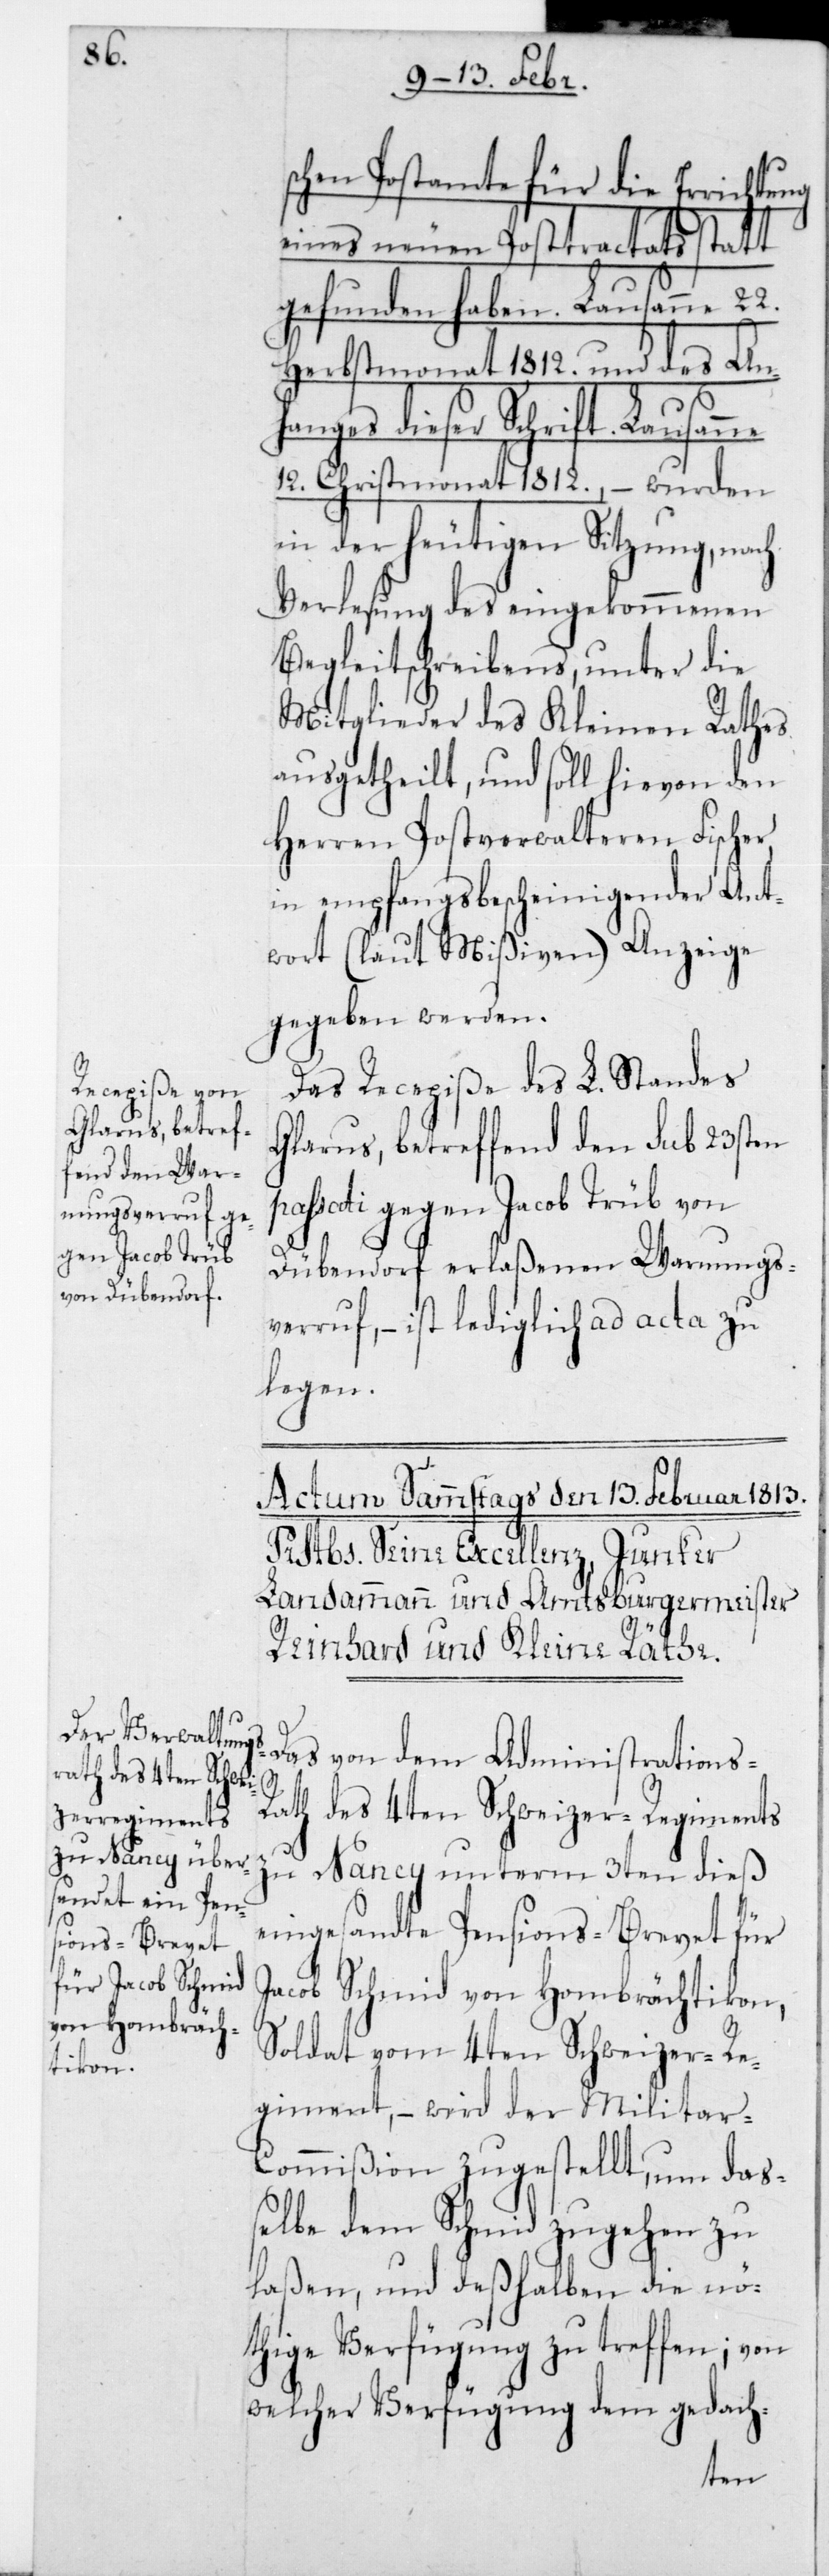
s-R¬

schen Postamte für die Errichtung
eines neuen Posttractats statt
gefunden haben. Lausanne 22.
Herbstmonat 1812, und des An¬
hanges dieser Schrift. Lausanne
12. Christmonat 1812., – wurden
in der heutigen Sitzung, nach
Verlesung des eingekommenen
Begleitschreibens, unter die
Mitglieder des Kleinen Rathes
ausgetheilt, und soll hievon den
Herren Postverwalteren Fischer
in empfangsbescheinigender Ant¬
wort (laut Mißiven) Anzeige
gegeben werden.
Das Recepiße des L. Standes
Glarus, betreffend den sub 23sten
assati gegen Jacob Trüb von
Dübendorf erlaßenen Warnungs¬
verruf, – ist lediglich ad acta zu
legen.
Das von dem Administration¬
ath des 4ten Schweizer-Regiments
zu Nancy unterm 3ten dieß
eingesandte Pensions-Brevet für
Jacob Schmid von Hombrächtikon,
Soldat vom 4ten Schweizer Re¬
giment, – wird der Militar-C¬
ommißion zugestellt, um daß¬
elbe dem Schmid zugehen zu
laßen, und deßhalben die nö¬
thige Verfügung zu treffen; von
welcher Verfügung dem gedach-